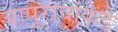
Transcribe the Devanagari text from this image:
बापूरावांकडे